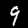
Digit: 9